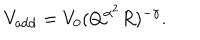
V _ { \mathrm { a d d } } = V _ { 0 } ( Q ^ { \alpha ^ { 2 } } R ) ^ { - \gamma } .